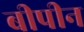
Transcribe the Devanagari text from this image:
बीपीन